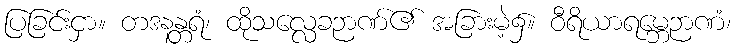
ပြခြင်းငှာ။ တဒနန္တရံ၊ ထိုသလ္လေခဉာဏ်၏ အခြားမဲ့၌။ ဝီရိယာရမ္ဘေဉာဏံ၊